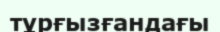
тұрғызғандағы